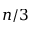
n / 3